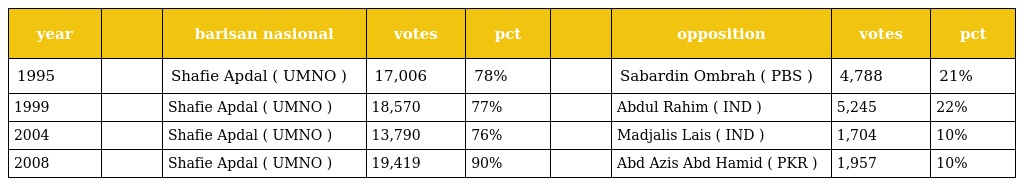
| year |  | barisan nasional | votes | pct |  | opposition | votes | pct |
 | --- | --- | --- | --- | --- | --- | --- | --- | --- |
 | 1995 |  | Shafie Apdal ( UMNO ) | 17,006 | 78% |  | Sabardin Ombrah ( PBS ) | 4,788 | 21% |
 | 1999 |  | Shafie Apdal ( UMNO ) | 18,570 | 77% |  | Abdul Rahim ( IND ) | 5,245 | 22% |
 | 2004 |  | Shafie Apdal ( UMNO ) | 13,790 | 76% |  | Madjalis Lais ( IND ) | 1,704 | 10% |
 | 2008 |  | Shafie Apdal ( UMNO ) | 19,419 | 90% |  | Abd Azis Abd Hamid ( PKR ) | 1,957 | 10% |